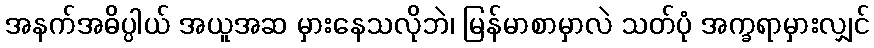
အနက်အဓိပ္ပါယ် အယူအဆ မှားနေသလိုဘဲ၊ မြန်မာစာမှာလဲ သတ်ပုံ အက္ခရာမှားလျှင်